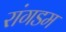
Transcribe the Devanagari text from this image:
रांगडम